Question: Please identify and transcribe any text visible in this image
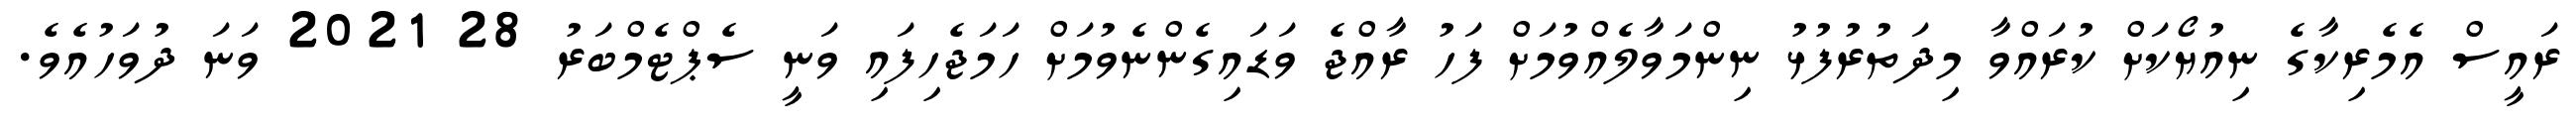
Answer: ރައީސް އެމެރިކާގެ ނިއުޔޯކަށް ކުރައްވާ މިދަތުރުފުޅު ނިންމަވާލެއްވުމަށް ފަހު ރާއްޖެ ވަޑައިގެންނެވުމަށް ހަމަޖެހިފައި ވަނީ ސެޕްޓެމްބަރު 28 2021 ވަނަ ދުވަހުއެވެ.